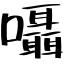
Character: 囁